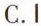
C.I